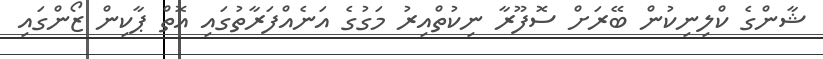
ޝާންގެ ކްލިނިކުން ބޭރަށް ސޮފޫރާ ނިކުތްއިރު މަގުގެ އަނެއްފަރާތުގައި އޮތް ޕާކިން ޒޯންގައި